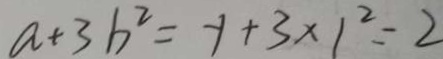
a + 3 b ^ { 2 } = - 1 + 3 \times 1 ^ { 2 } = 2